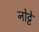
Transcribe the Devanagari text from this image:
नोट्टे